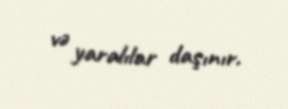
və yaralılar daşınır.